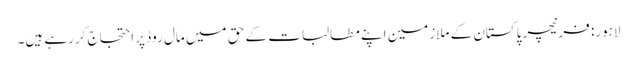
لاہور: فرنیچر پاکستان کے ملازمین اپنے مطالبات کے حق میں مال روڈ پر احتجاج کررہے ہیں۔